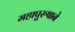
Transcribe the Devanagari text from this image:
महापुरुषाने